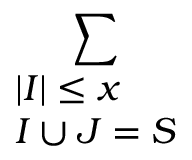
\sum _ { \begin{array} { l } { | I | \leq x } \\ { I \cup J = S } \end{array} }